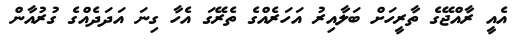
އެއީ ރާއްޖޭގެ ތާރީހަށް ބަލާއިރު އަހަރެއްގެ ތެރޭގަ އެހާ ގިނަ އަދަދެއްގެ ގުރުއާން